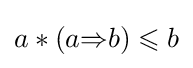
a*(a{\mathbin {\Rightarrow }}b)\leqslant b